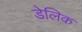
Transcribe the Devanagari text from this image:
डेलिक